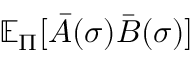
\mathbb { E } _ { \Pi } [ \Bar { A } ( \sigma ) \Bar { B } ( \sigma ) ]